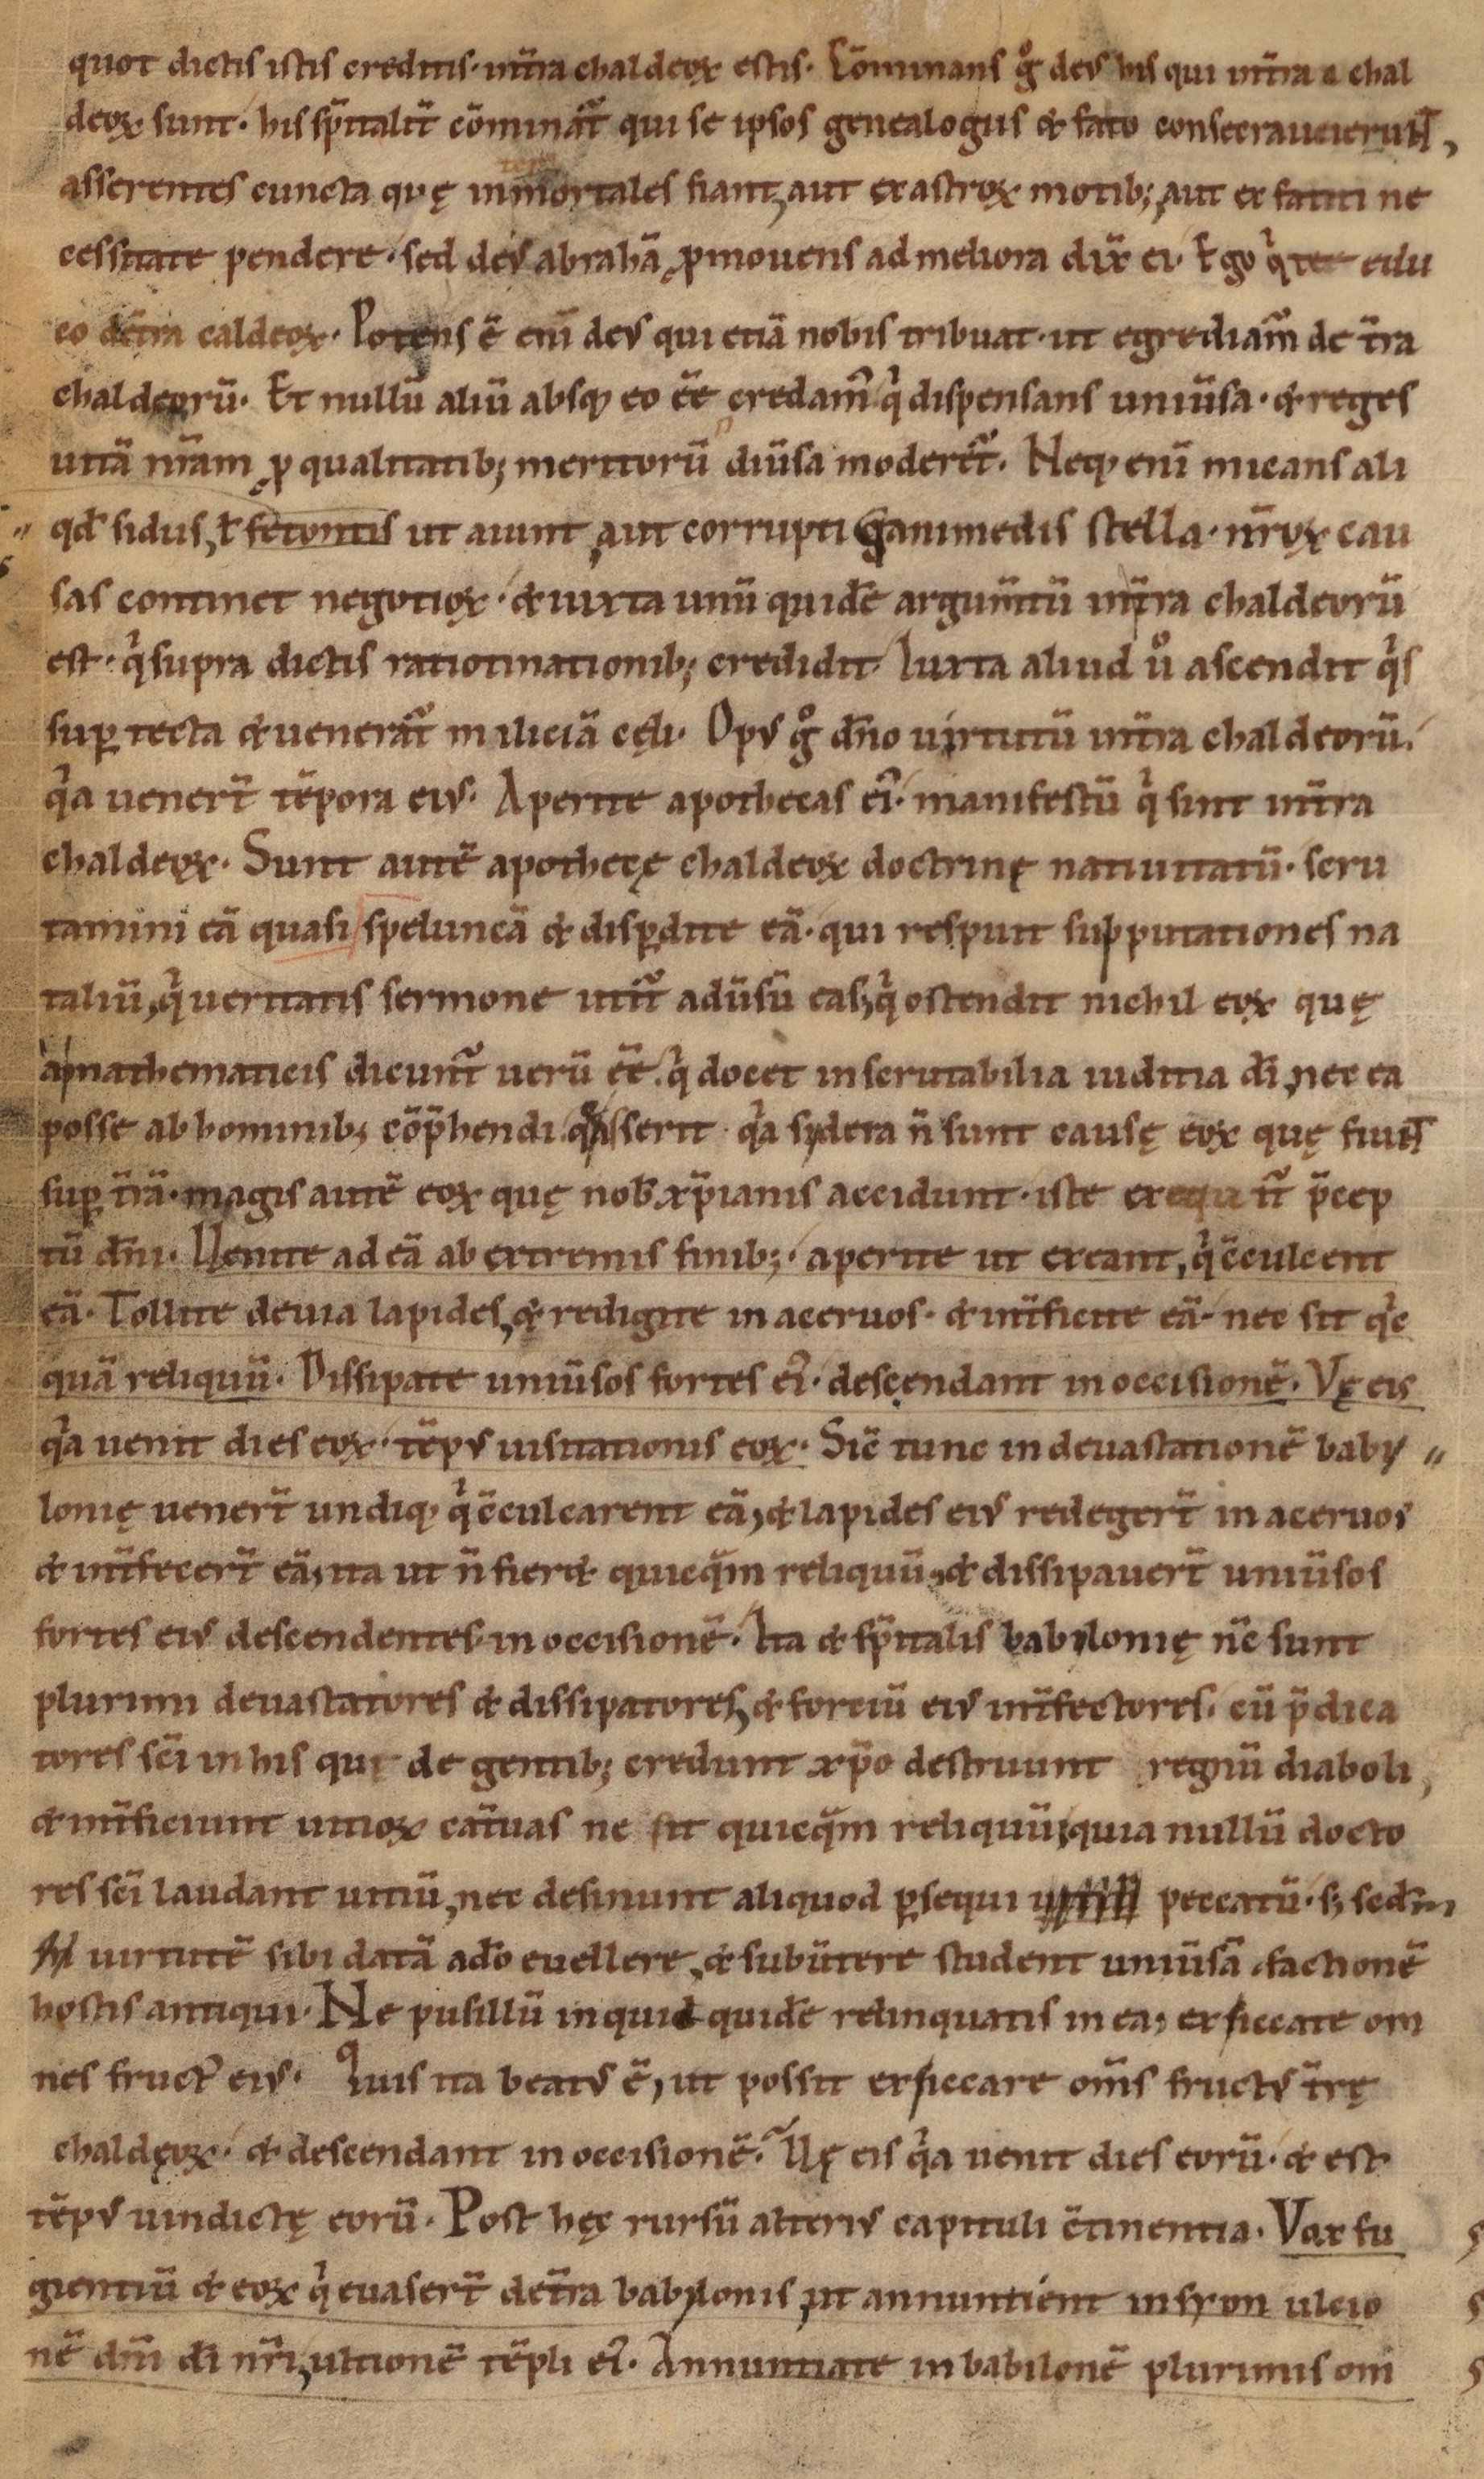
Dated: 1085–1115